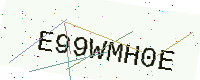
Text: E99WMH0E